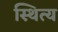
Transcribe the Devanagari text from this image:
स्थित्य